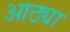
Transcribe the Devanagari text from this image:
आठ्या